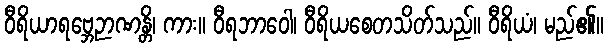
ဝီရိယာရဗ္ဘေဉာဏန္တိ၊ ကား။ ဝီရဘာဝေါ၊ ဝီရိယစေတသိတ်သည်။ ဝီရိယံ၊ မည်၏။